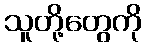
သူတို့တွေကို